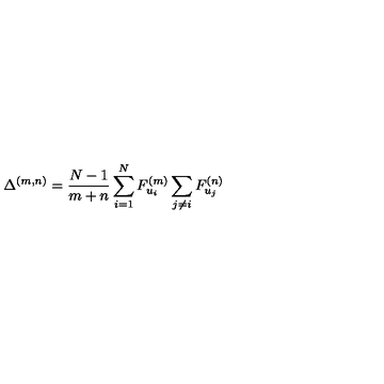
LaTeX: \Delta ^ { ( m , n ) } = \frac { N - 1 } { m + n } \sum _ { i = 1 } ^ { N } F _ { u _ { i } } ^ { ( m ) } \sum _ { j \neq i } F _ { u _ { j } } ^ { ( n ) }